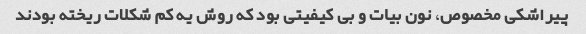
پیراشکی مخصوص، نون بیات و بی کیفیتی بود که روش یه کم شکلات ریخته بودند